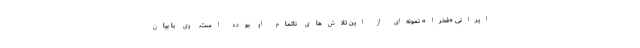
ایرانی «فخرا» نمونه‌ای از این تلاش‌های ناتمام او بوده است. وی با بیان